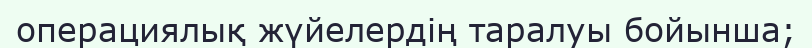
операциялық жүйелердің таралуы бойынша;